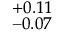
^ { + 0 . 1 1 } _ { - 0 . 0 7 }